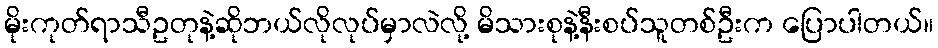
မိုးကုတ်ရာသီဥတုနဲ့ဆိုဘယ်လိုလုပ်မှာလဲလို့ မိသားစုနဲ့နီးစပ်သူတစ်ဦးက ပြောပါတယ်။